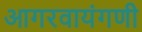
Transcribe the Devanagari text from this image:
आगरवायंगणी